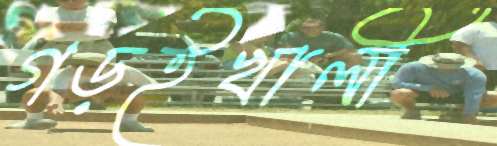
গড়ইখালী